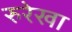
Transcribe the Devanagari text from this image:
रुरेखा